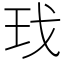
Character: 𰡯